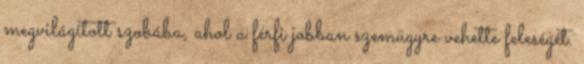
megvilágított szobába, ahol a férfi jobban szemügyre vehette feleségét.